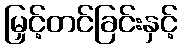
မြှင့်တင်ခြင်းနှင့်